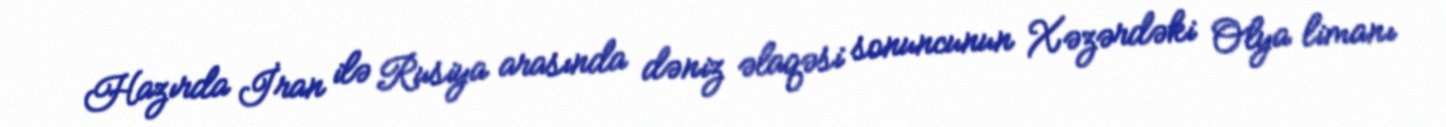
Hazırda İran ilə Rusiya arasında dəniz əlaqəsi sonuncunun Xəzərdəki Olya limanı